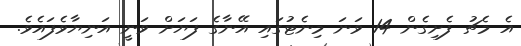
އެ މެޗު ފެށިގެން 14 ވަނަ މިނެޓުގައި އޭނާގެ ފަޔަށް ވަނީ އަނިޔާވެފައެވެ.